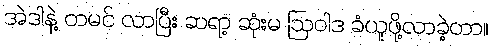
အဲဒါနဲ့ တမင် လာပြီး ဆရာ့ ဆုံးမ ဩဝါဒ ခံယူဖို့လာခဲ့တာ။